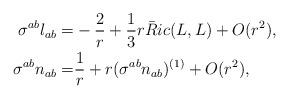
LaTeX: \begin{align*}\sigma^{ab} l_{ab} =& - \frac{2}{r} +\frac{ 1}{3} r \bar Ric(L,L) +O(r^2), \\\sigma^{ab} n_{ab} =& \frac{1}{r} + r(\sigma^{ab} n_{ab})^{(1)}+O(r^2),\end{align*}